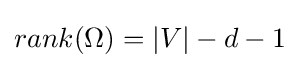
rank(\Omega )=|V|-d-1